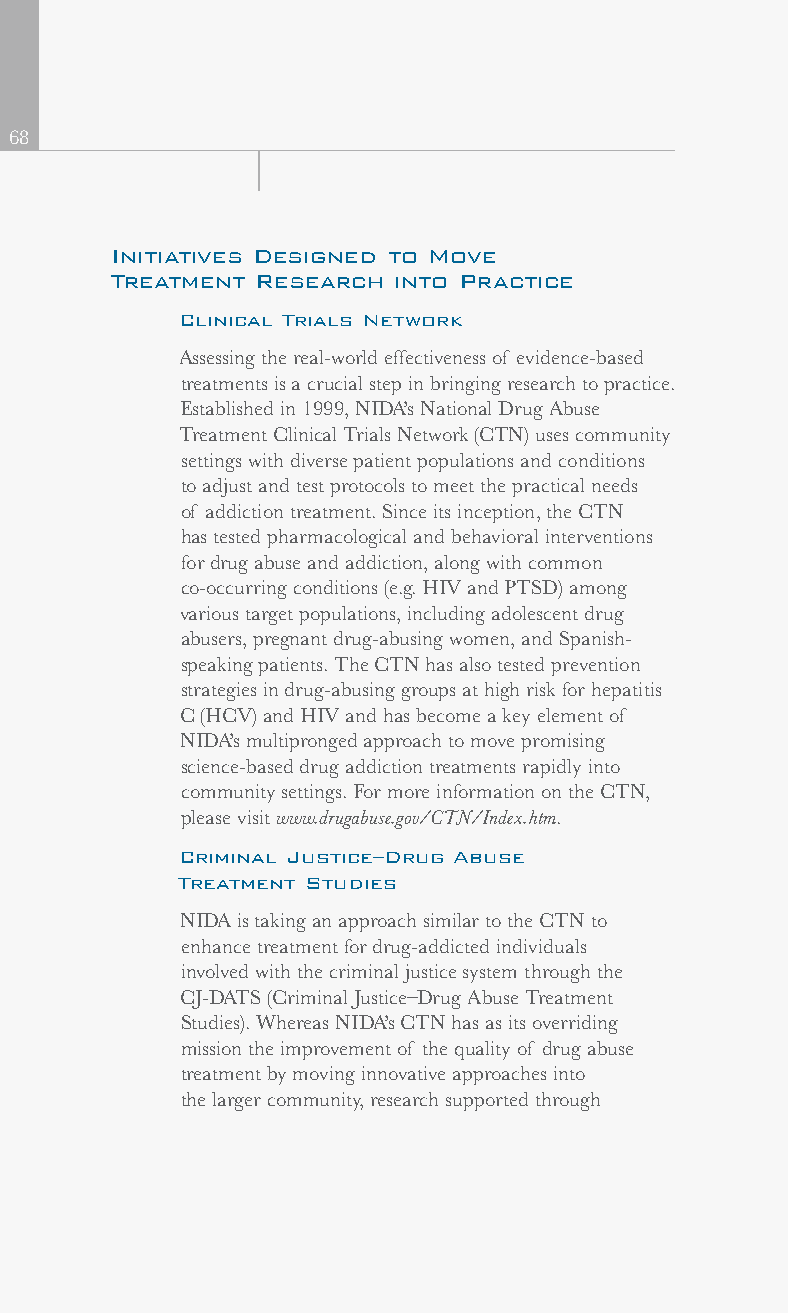
68
 Initiatives Designed to Move
 Treatment Research into Practice
 Clinical Trials Network
 Assessing the real-world effectiveness of evidence-based
 treatments is a crucial step in bringing research to practice.
 Established in 1999, NIDA’s National Drug Abuse
 Treatment Clinical Trials Network (CTN) uses community
 settings with diverse patient populations and conditions
 to adjust and test protocols to meet the practical needs
 of addiction treatment. Since its inception, the CTN
 has tested pharmacological and behavioral interventions
 for drug abuse and addiction, along with common
 co-occurring conditions (e.g. HIV and PTSD) among
 various target populations, including adolescent drug
 abusers, pregnant drug-abusing women, and Spanish-
 speaking patients. The CTN has also tested prevention
 strategies in drug-abusing groups at high risk for hepatitis
 C (HCV) and HIV and has become a key element of
 NIDA’s multipronged approach to move promising
 science-based drug addiction treatments rapidly into
 community settings. For more information on the CTN,
 please visit www.drugabuse.gov/CTN/Index.htm.
 Criminal Justice–Drug Abuse
 Treatment Studies
 NIDA is taking an approach similar to the CTN to
 enhance treatment for drug-addicted individuals
 involved with the criminal justice system through the
 CJ-DATS (Criminal Justice–Drug Abuse Treatment
 Studies). Whereas NIDA’s CTN has as its overriding
 mission the improvement of the quality of drug abuse
 treatment by moving innovative approaches into
 the larger community, research supported through